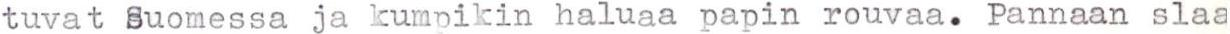
tuvat Suomessa ja kumpikin haluaa papin rouvaa. Pannaan slaa